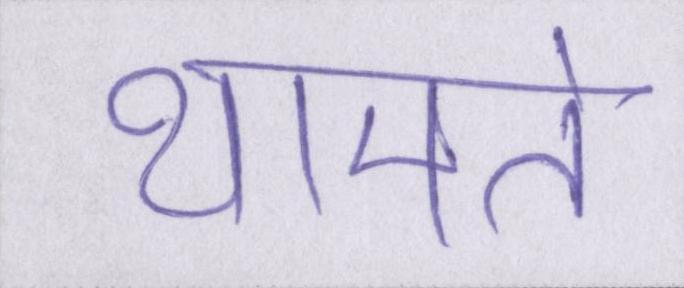
थामते